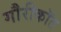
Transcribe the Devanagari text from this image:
गौरीकॉत